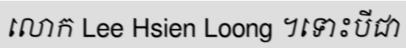
លោក Lee Hsien Loong ។ទោះបីជា